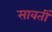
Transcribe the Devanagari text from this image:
सावतीं